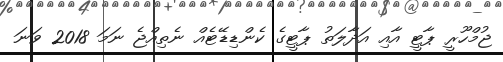
ޖުމްހޫރީ ޕާޓީ އާއި އަދާލަތު ޕާޓީގެ ކެންޑިޑޭޓެއް ނެތިއްޖެ ނަމަ 2018 ވަނަ